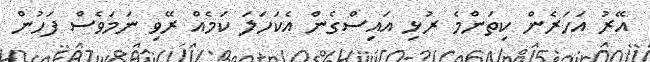
އޭރު އަހަރެން ކިތަންމެ ރުޅި އައިސްގެން އެކަހަލަ ކަމެއް ރޭވި ނަމަވެސް ފަހުން